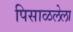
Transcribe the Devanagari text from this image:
पिसाळलेला